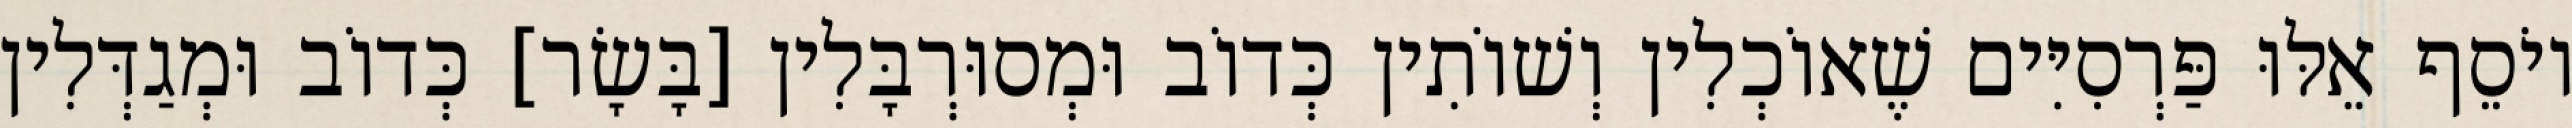
יוֹסֵף אֵלּוּ פַּרְסִיִּים שֶׁאוֹכְלִין וְשׁוֹתִין כְּדוֹב וּמְסוּרְבָּלִין [בָּשָׂר] כְּדוֹב וּמְגַדְּלִין